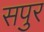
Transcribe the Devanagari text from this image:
सपुर